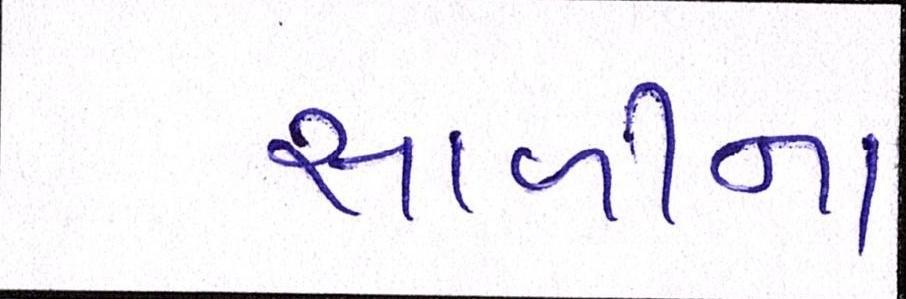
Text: સાળીના